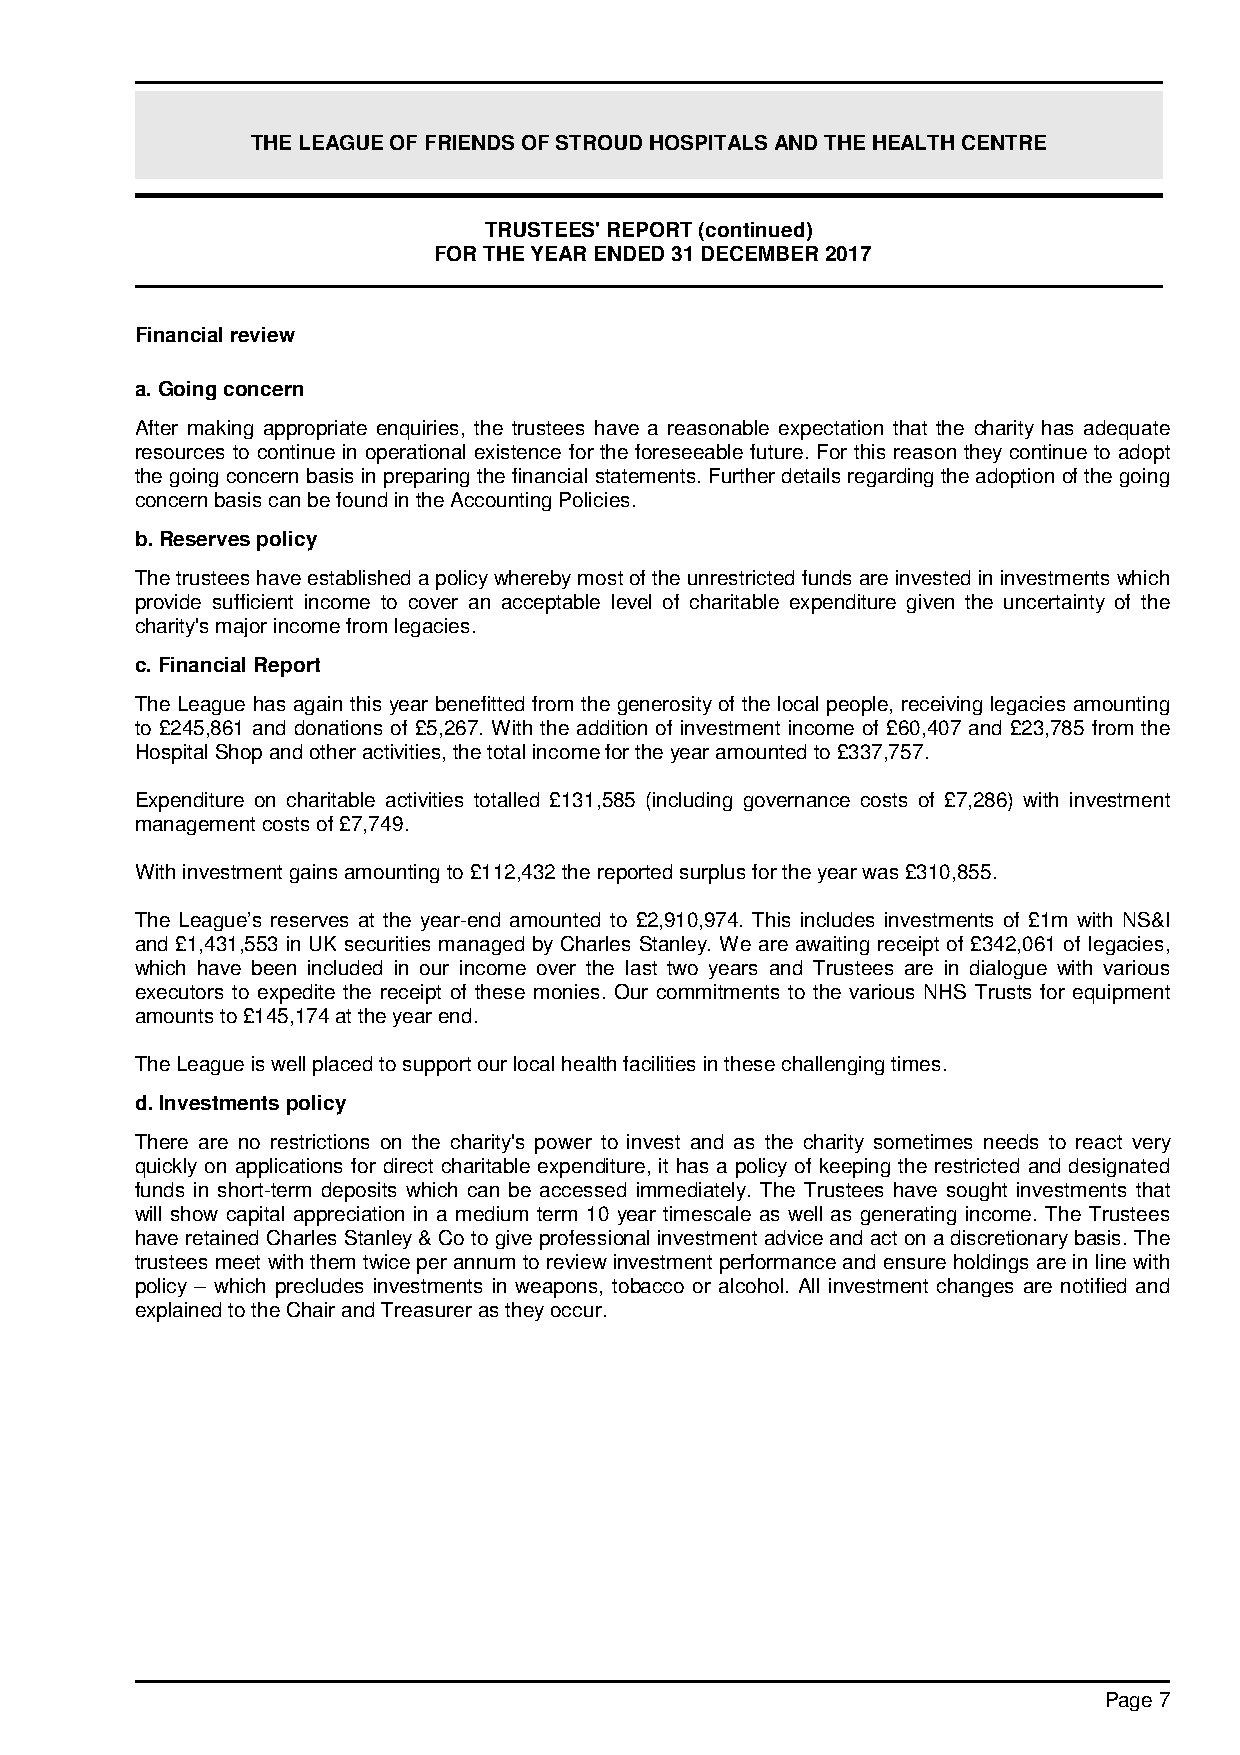
THE LEAGUE OF FRIENDS OF STROUD HOSPITALS AND THE HEALTH CENTRE
 TRUSTEES' REPORT (continued)
 FOR THE YEAR ENDED 31 DECEMBER 2017
 Financial review
 a. Going concern
 After making appropriate enquiries, the trustees have a reasonable expectation that the charity has adequate
 resources to continue in operational existence for the foreseeable future. For this reason they continue to adopt
 the going concern basis in preparing the financial statements. Further details regarding the adoption of the going
 concern basis can be found in the Accounting Policies.
 b. Reserves policy
 The trustees have established a policy whereby most of the unrestricted funds are invested in investments which
 provide sufficient income to cover an acceptable level of charitable expenditure given the uncertainty of the
 charity's major income from legacies.
 c. Financial Report
 The League has again this year benefitted from the generosity of the local people, receiving legacies amounting
 to £245,861 and donations of £5,267. With the addition of investment income of £60,407 and £23,785 from the
 Hospital Shop and other activities, the total income for the year amounted to £337,757.
 Expenditure on charitable activities totalled £131,585 (including governance costs of £7,286) with investment
 management costs of £7,749.
 With investment gains amounting to £112,432 the reported surplus for the year was £310,855.
 The League’s reserves at the year-end amounted to £2,910,974. This includes investments of £1m with NS&I
 and £1,431,553 in UK securities managed by Charles Stanley. We are awaiting receipt of £342,061 of legacies,
 which have been included in our income over the last two years and Trustees are in dialogue with various
 executors to expedite the receipt of these monies. Our commitments to the various NHS Trusts for equipment
 amounts to £145,174 at the year end.
 The League is well placed to support our local health facilities in these challenging times.
 d. Investments policy
 There are no restrictions on the charity's power to invest and as the charity sometimes needs to react very
 quickly on applications for direct charitable expenditure, it has a policy of keeping the restricted and designated
 funds in short-term deposits which can be accessed immediately. The Trustees have sought investments that
 will show capital appreciation in a medium term 10 year timescale as well as generating income. The Trustees
 have retained Charles Stanley & Co to give professional investment advice and act on a discretionary basis. The
 trustees meet with them twice per annum to review investment performance and ensure holdings are in line with
 policy – which precludes investments in weapons, tobacco or alcohol. All investment changes are notified and
 explained to the Chair and Treasurer as they occur.
 Page 7